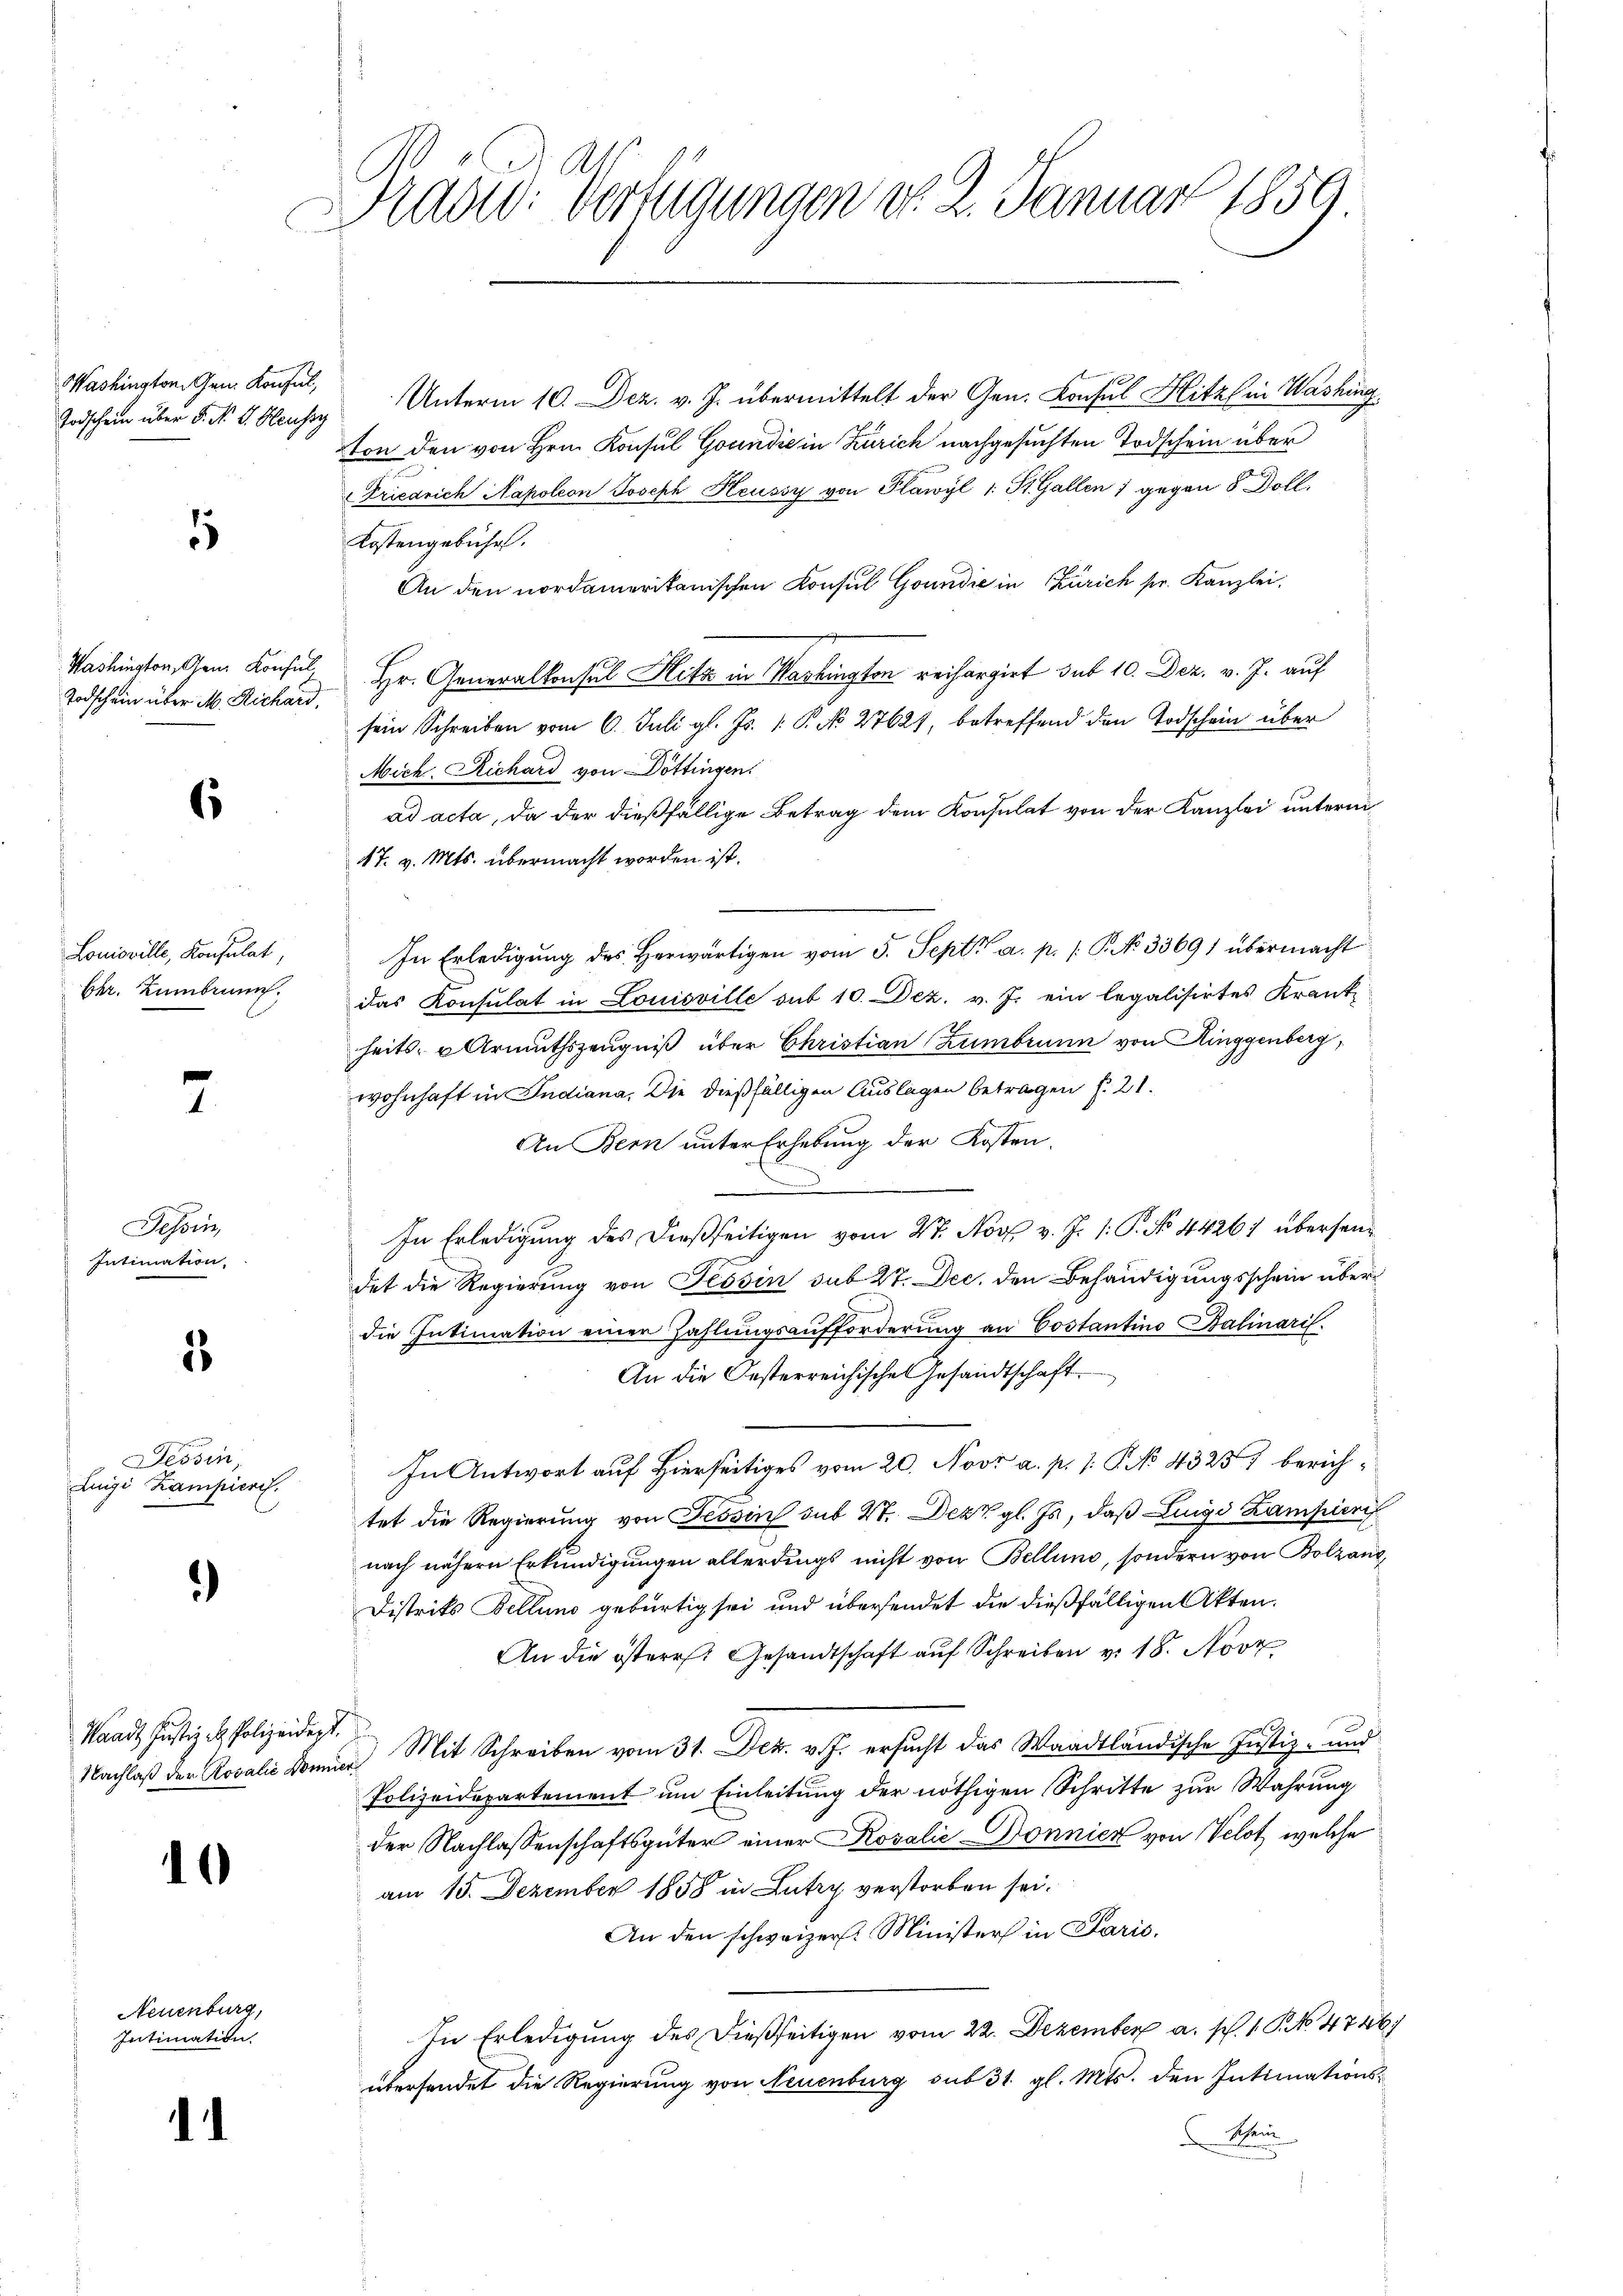
Washington Gen. Konsul,

1

Washington, Ganz Konsul
Todschein über M. Richard,

s

Lonioville, Konsulat,
Ebr. Zumbrunn.

7

Tessin,
Intimation.

3

Tessin,
Luigi Kampiere.

)

Waadt Justiz & Polizeidigt.

10

d

Neuenburg,
Intimation

rad: Verfügungen d. 2. Januar 1859.

Todschein über 5. No. 4. Klauses Unterm 10. Dez. v. J. übermittelt der Gen. Consul Hitz in Washing
ton den von Hrn. Konsul Goundie in Zürich nachgesuchten Todschein über
Friedrich Napoleon Joseph Heussy von Plawyl 1 St. Gallen 1 gegen 5 Doll.
Kostengebührt.
An den nordamerikanischen Konsul Goundie in Zürich pr. Kanzlei,
Hr. Generalkonsul Hitz in Washington reichargirt sub 10. Dez. v. J. auf
sein Schreiben vom 6. Juli gl. Js. 1. P. No 27627, betreffend den Todschein über
Mich. Richard von Döttingen.
ad acta, da der dießfällige Betrag dem Konsulat von der Kanzlei unterm
17. v. Mts. übermacht worden ist.
In Erledigung des Herwärtigen vom 5. Sept. a. p. /: P. No 33691 übermacht
das Konsulat in Louisville sut 10. Dez. v. J. ein legalisirtes Krank-
heits- u Armuthszeugniß über Christian Zumbrunn von Ringgenberg,
wohnhaft in Indiana. Die dießfälligen Auslagen betragen §. 21.
An Bern unter Erhebung der Kosten.
In Erledigung des dießseitigen vom 27. Nov. v. J. 1: P. No 44267 übersendet die Regierung von Tessin sub 27. Dec. den Behändigungsschein überdie Intimation einer Zahlungsaufforderung an Costantino Balinaris.
An die Gesterreichische Gesandtschaft
In Antwort auf Hierseitiges vom 20. Novi a. p. 1. No 43257 berichtet die Regierung von Tessin sub 27. Dezt gl. Ja, daß Luigi Lamperi
nach nähern Erkundigungen allerdings nicht von Bellung, sondern von Bolzanz
Distrits Bellung gebürtig sei und übersendet die dießfälligen Akten.
An die österr. Gesandtschaft auf Schreiben v. 18. Nove
Nachlaß der Localis Donner Mit Schreiben vom 31. Dez. v. J. ersucht das Waadtländische Justiz- und
Polizeidepartement um Einleitung der nöthigen Schritte zur Wahrung
der Nachlassenschaftsgüter einer Rosalie Dönnien von Velot, welche
am 15. Dezember 1858 in Lutry verstorben sei.
An den schweizer. Minister in Paris,
In Erledigŭng des dießseitigen vom 22. Dezember a. p. 1 P. No. 4746
übersendet die Regierung von Neuenburg sub 31. gl. Mts. den Intimations-
Rhein
d